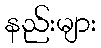
နည်းများ